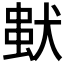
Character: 𤠢